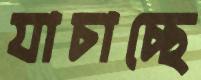
যাচাচ্ছে